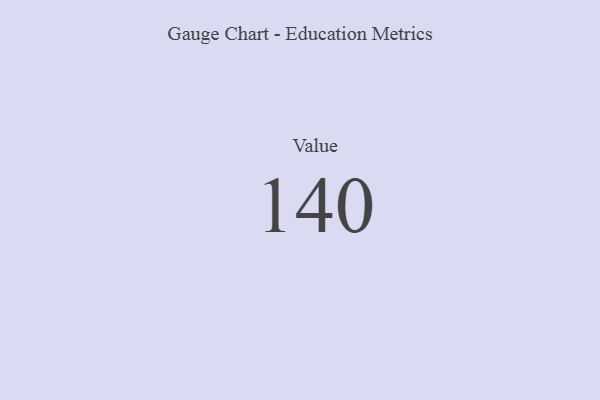
{"axis": {"x": "Metric", "y": "Value"}, "legend": [""], "data": [{"x": "Value", "y": 140, "type": ""}]}